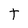
Character: t